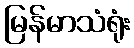
မြန်မာသံရုံး